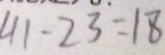
4 1 - 2 3 = 1 8